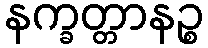
နက္ခတ္တာနဉ္စ